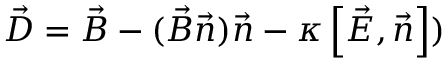
\vec { D } = \vec { B } - ( \vec { B } \vec { n } ) \vec { n } - \kappa \left[ \vec { E } , \vec { n } \right] )